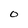
Character: O